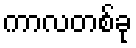
ကာလတစ်ခု